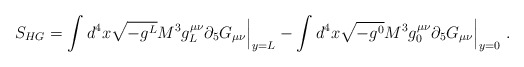
\begin{align*} S_{HG}=\int d^{4}x\sqrt{-g^{L}}M^{3}g_{L}^{\mu\nu}\partial_{5}G_{\mu\nu}\Big|_{y=L}-\int d^{4}x\sqrt{-g^{0}}M^{3}g_{0}^{\mu\nu}\partial_{5}G_{\mu\nu}\Big|_{y=0}\ .\end{align*}